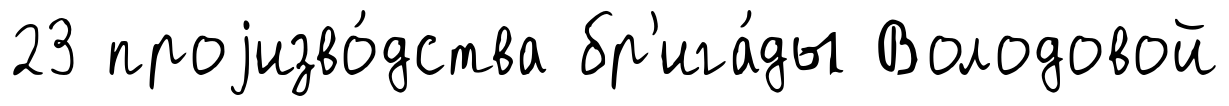
23 проjизво́дства бр'ига́ды Володовой